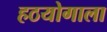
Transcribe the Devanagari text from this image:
हठयोगाला